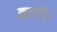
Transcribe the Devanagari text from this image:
करगे।